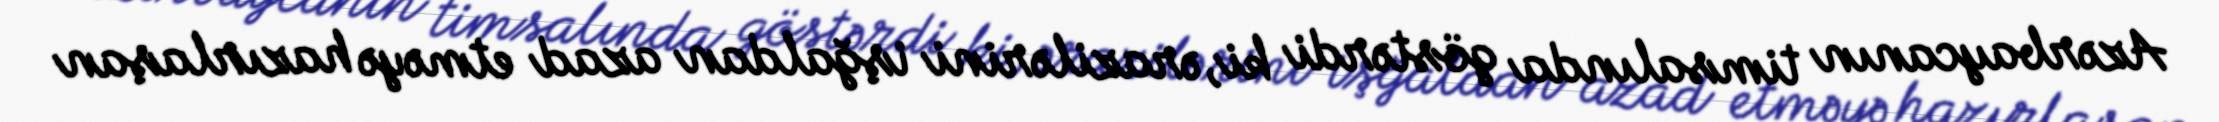
Azərbaycanın timsalında göstərdi ki, ərazilərini işğaldan azad etməyə hazırlaşan